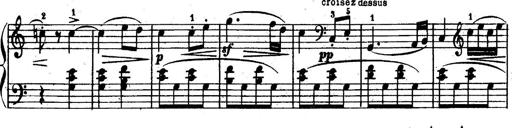
Title: 6 Piano Sonatinas
Composer: Cornelius Gurlitt